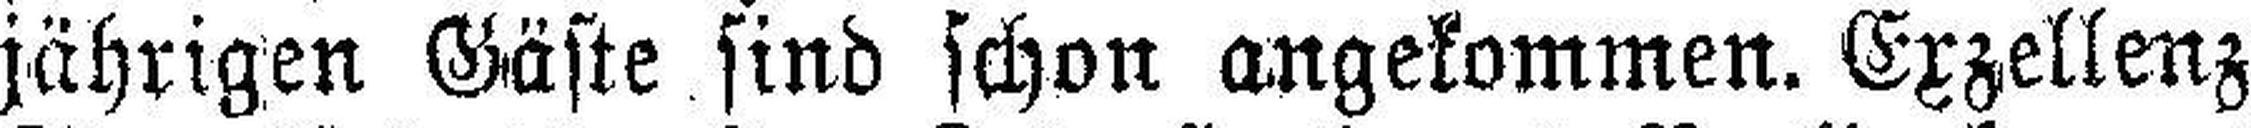
jährigen Gäste sind schon angekommen. Exzellenz